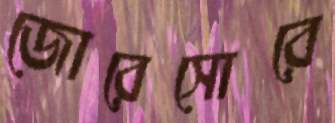
জোরেসোরে